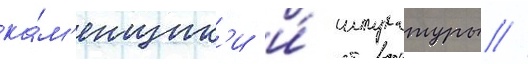
ка́м'енщик'и и́ штукатуры //